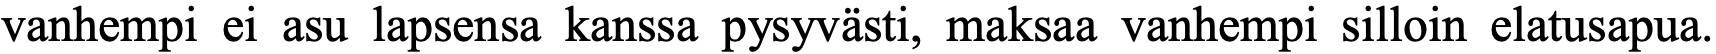
vanhempi ei asu lapsensa kanssa pysyvästi, maksaa vanhempi silloin elatusapua.